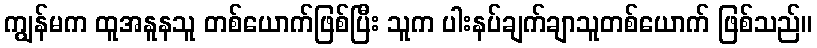
ကျွန်မက ထူအနူနသူ တစ်ယောက်ဖြစ်ပြီး သူက ပါးနပ်ချက်ချာသူတစ်ယောက် ဖြစ်သည်။